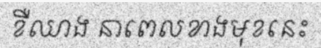
ខឺឈាង នាពេលខាងមុខនេះ